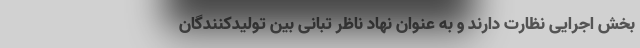
بخش اجرایی نظارت دارند و به عنوان نهاد ناظر تبانی بین تولیدکنندگان